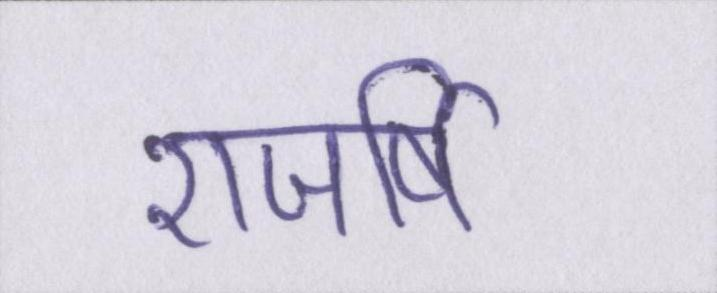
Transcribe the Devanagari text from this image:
राजर्षि